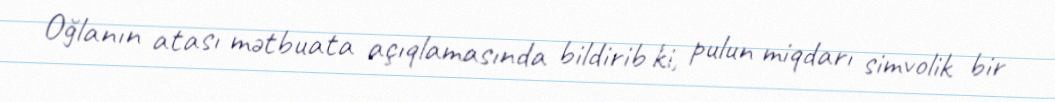
Oğlanın atası mətbuata açıqlamasında bildirib ki, pulun miqdarı simvolik bir